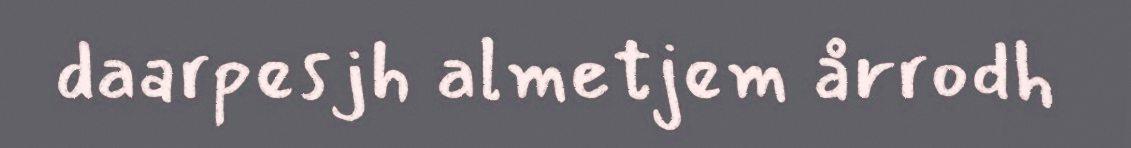
daarpesjh almetjem årrodh